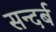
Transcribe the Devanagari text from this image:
सन्दर्ब